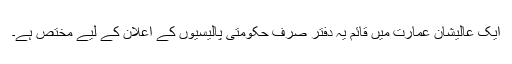
ایک عالیشان عمارت میں قائم یہ دفتر صرف حکومتی پالیسیوں کے اعلان کے لیے مختص ہے۔